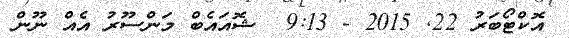
އޮކްޓޯބަރު 22